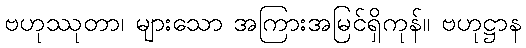
ဗဟုဿုတာ၊ များသော အကြားအမြင်ရှိကုန်။ ဗဟုဋ္ဌာန